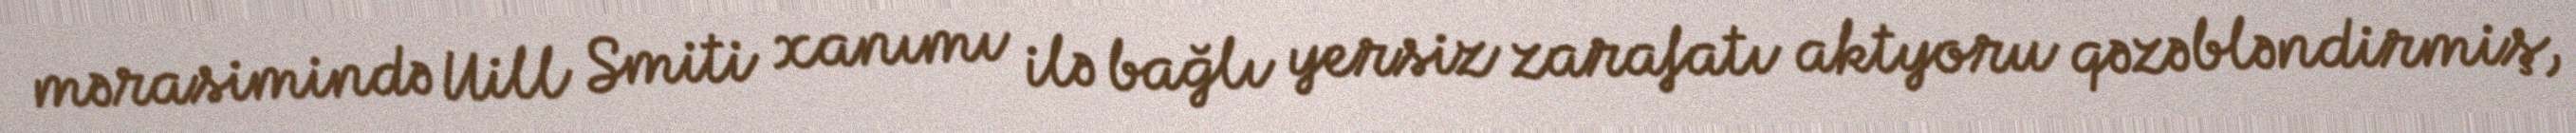
mərasimində Uill Smiti xanımı ilə bağlı yersiz zarafatı aktyoru qəzəbləndirmiş,